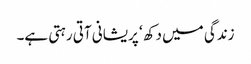
زندگی میں دکھ ‘ پریشانی آتی رہتی ہے۔